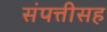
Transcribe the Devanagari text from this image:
संपत्तीसह